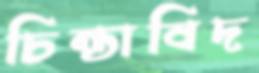
চিন্তাবিদ